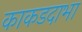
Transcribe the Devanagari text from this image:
काकडदाभा